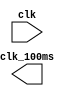
module counter_100ms(clk,clk_100ms);   // generate clk_100ms
input wire clk;
output reg clk_100ms;
reg[31:0]cnt;

always @(posedge clk) begin
	if(cnt<2500000) begin   //2.5M*(1/50M)S=0.05S
	   cnt<=cnt + 1;
	end else begin
		cnt<=0;
		clk_1s<=~clk_100ms;        // clk_100ms==1ʱ=0.05s
	end                          // clk_100ms==0ʱ=0.05s
end                            //T=100mS
endmodule